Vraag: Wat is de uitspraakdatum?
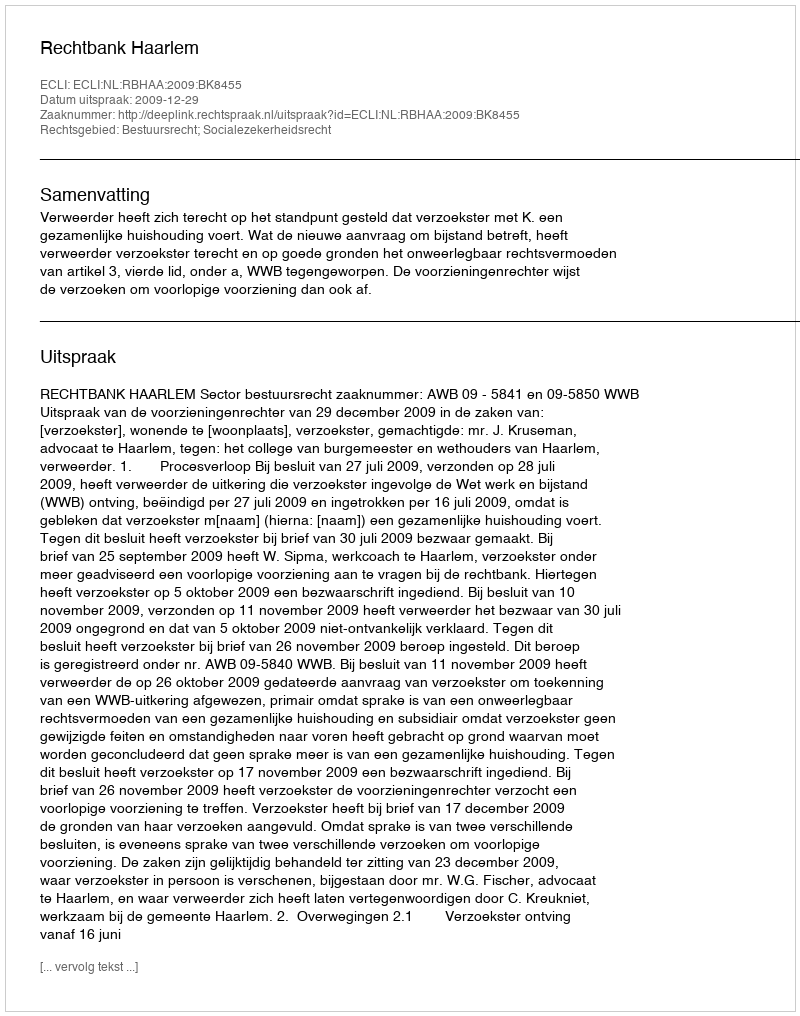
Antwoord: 2009-12-29